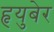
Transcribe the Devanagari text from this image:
हृयुबेर